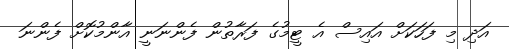
އަދި މި ފަހަކަށް އައިސް އެ ޓީމުގެ ފަރާތުން ފެންނަނީ އާންމުކޮށް ފެންނަ